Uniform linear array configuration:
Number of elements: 8
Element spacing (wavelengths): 0.75
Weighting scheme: uniform
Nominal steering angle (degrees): -30
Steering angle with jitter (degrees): -28.903
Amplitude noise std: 0.05
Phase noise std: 0.05

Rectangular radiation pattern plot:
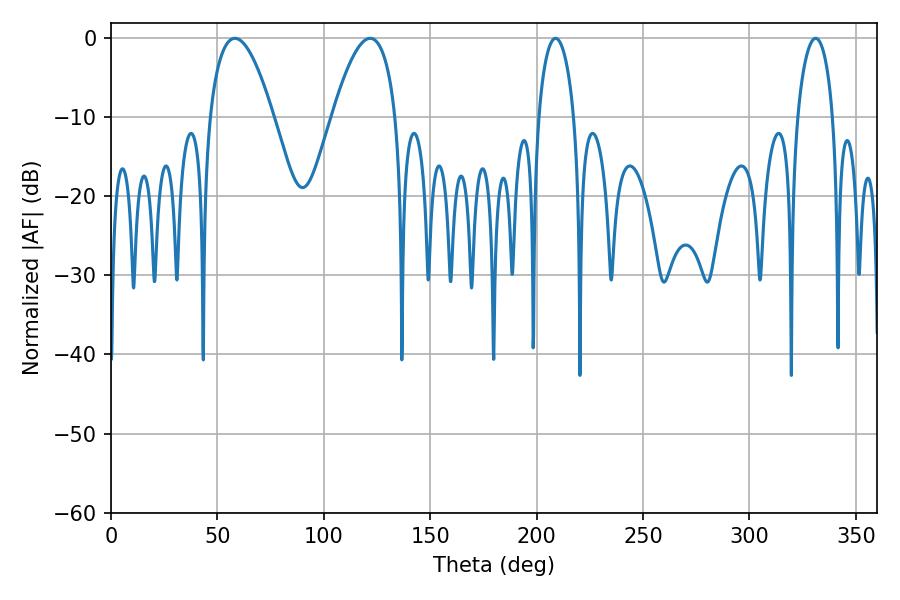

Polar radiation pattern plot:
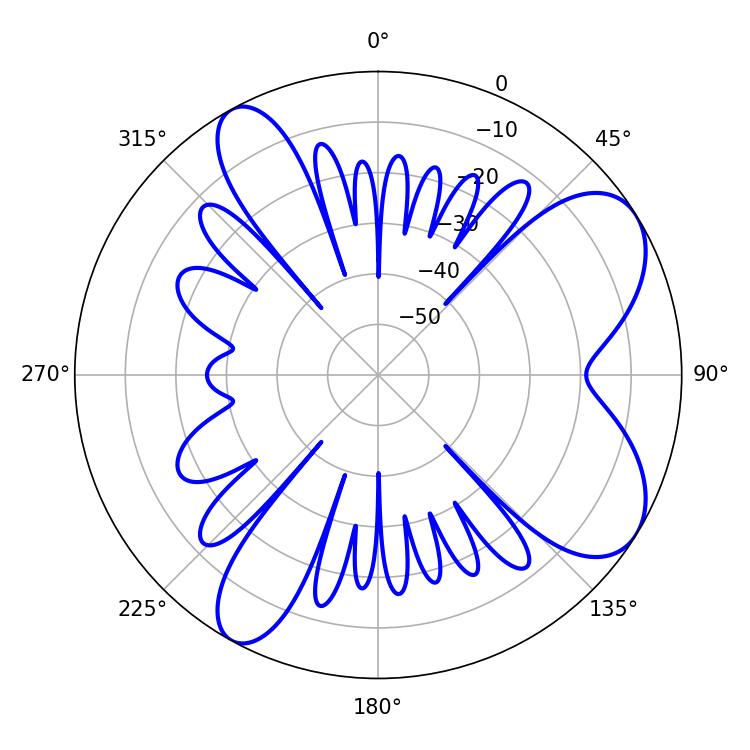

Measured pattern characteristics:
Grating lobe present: TRUE
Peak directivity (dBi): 7.521
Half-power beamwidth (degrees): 16.56
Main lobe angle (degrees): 58.14